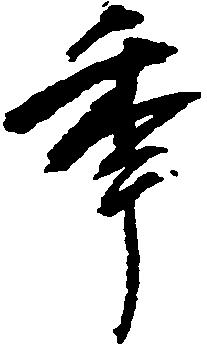
年